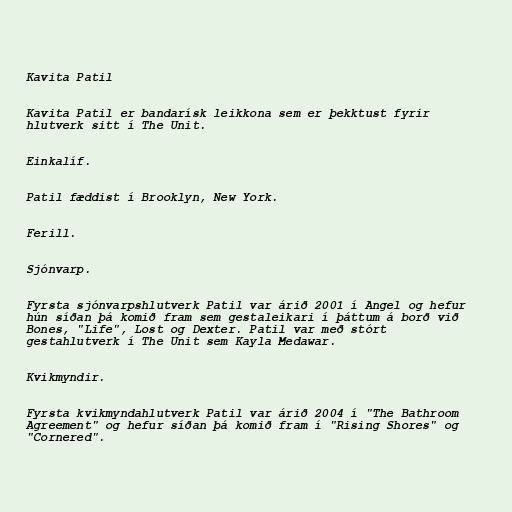
Kavita Patil

Kavita Patil er bandarísk leikkona sem er þekktust fyrir
hlutverk sitt í The Unit.

Einkalíf.

Patil fæddist í Brooklyn, New York.

Ferill.

Sjónvarp.

Fyrsta sjónvarpshlutverk Patil var árið 2001 í Angel og hefur
hún síðan þá komið fram sem gestaleikari í þáttum á borð við
Bones, "Life", Lost og Dexter. Patil var með stórt
gestahlutverk í The Unit sem Kayla Medawar.

Kvikmyndir.

Fyrsta kvikmyndahlutverk Patil var árið 2004 í "The Bathroom
Agreement" og hefur síðan þá komið fram í "Rising Shores" og
"Cornered".